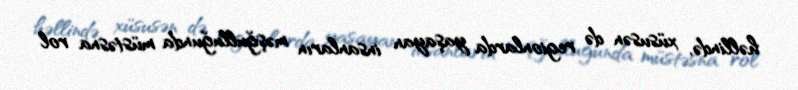
həllində, xüsusən də regionlarda yaşayan insanların məşğulluğunda müstəsna rol